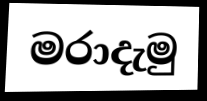
මරාදැමු